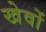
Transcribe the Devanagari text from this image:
खेवों